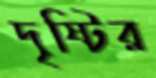
দৃষ্টির